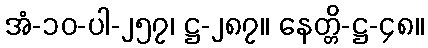
အံ-၁၀-ပါ-၂၅၇၊ ဋ္ဌ-၂၈၇။ နေတ္တိ-ဋ္ဌ-၄၈။